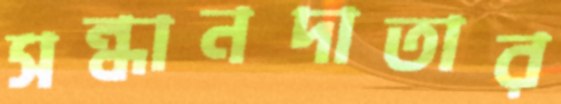
সন্ধানদাতার